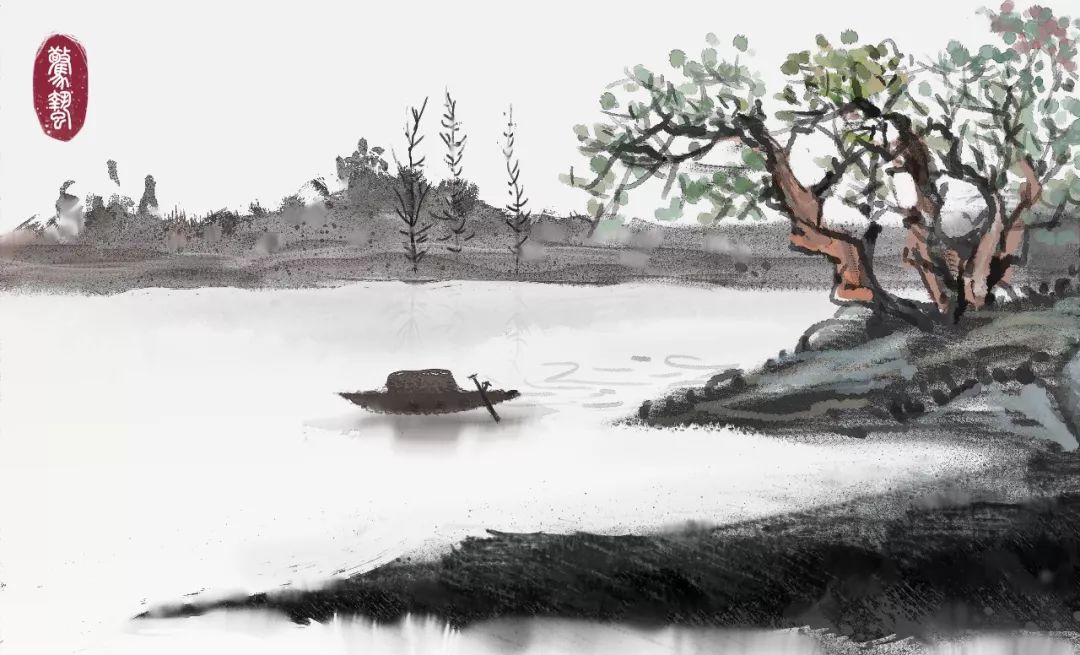
已过才追问，相看是故人。